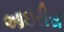
આઇરીસ